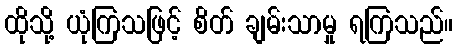
ထိုသို့ ယုံကြသဖြင့် စိတ် ချမ်းသာမှု ရကြသည်။